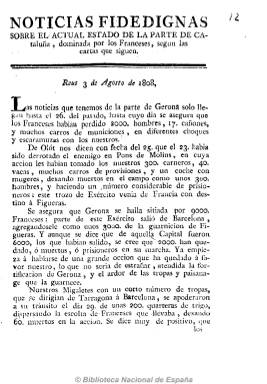
Título: Noticias fidedignas ...
Otros títulos: Noticias fidedignas sobre el actual estado de la parte de Cataluña, dominada por los franceses, según las cartas que siguen
Colección: Periódicos anteriores a 1850
Ámbito geográfico: Cádiz
Lugar de publicación: Cádiz
Fechas: 01/08/1808-31/08/1808

Periódico patriótico, de cuatro páginas, sin paginación ni numeración y probablemente mensual, que recoge cartas noticiosas sobre los acontecimientos en los primeros momentos de la invasión napoleónica, y que termina con una exaltación patriótica en una sección denominada “Reflexiones”.

El único número disponible continúa su título “… sobre el actual estado de la parte de Cataluña, dominada por los franceses, según las cartas que siguen”. Se refieren a una datada en Reus, el 3 de agosto, y otra en Vilanova, del 2 de agosto. Editado por Manuel Bosch y Compañía y estampado en la Imprenta de la Marina.